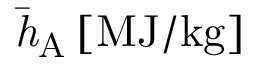
\mathit { \bar { h } _ { \mathrm { A } } } \, \mathrm { [ M J / k g ] }